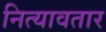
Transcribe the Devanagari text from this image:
नित्यावतार